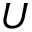
U